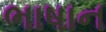
ભાષાન